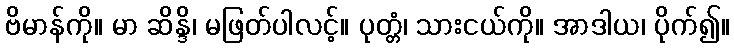
ဗိမာန်ကို။ မာ ဆိန္ဒိ၊ မဖြတ်ပါလင့်။ ပုတ္တံ၊ သားငယ်ကို။ အာဒါယ၊ ပိုက်၍။